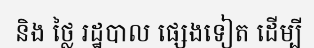
និង ថ្លៃ រដ្ឋបាល ផ្សេងទៀត ដើម្បី